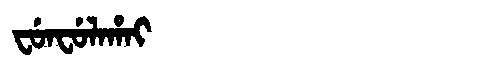
Manchu: ᠸᡠᠨᠸᡠᠯᠠᡥᠠᡳ
Romanization: FUNFULAHAI